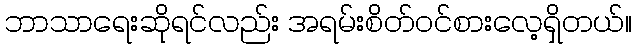
ဘာသာရေးဆိုရင်လည်း အရမ်းစိတ်ဝင်စားလေ့ရှိတယ်။